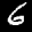
Label: 6